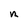
Character: n